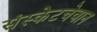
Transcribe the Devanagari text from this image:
संस्केटचेवान